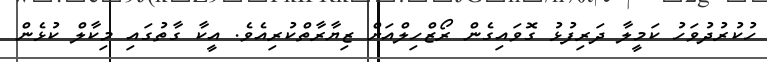
ހުކުރުދުވަހު ކަމީލާ ދަރިފުޅު ގޮވައިގެން ރޯޒްހިލްއަށް ޒިޔާރާތްކުރިއެވެ. އީކާ ގާތުގައި މިކާލް ކުޅެން